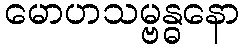
မောဟသမ္ဗန္ဓနော